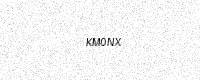
Text: KM0NX